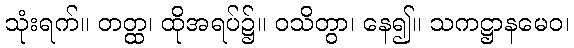
သုံးရက်။ တတ္ထ၊ ထိုအရပ်၌။ ဝသိတွာ၊ နေ၍။ သကဋ္ဌာနမေဝ၊